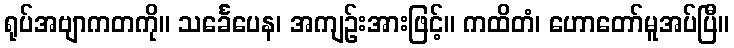
ရုပ်အဗျာကတကို။ သင်္ခေပေန၊ အကျဉ်းအားဖြင့်။ ကထိတံ၊ ဟောတော်မူအပ်ပြီ။